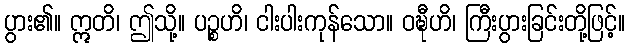
ပွား၏။ ဣတိ၊ ဤသို့။ ပဉ္စဟိ၊ ငါးပါးကုန်သော။ ဝဍ္ဎီဟိ၊ ကြီးပွားခြင်းတို့ဖြင့်။